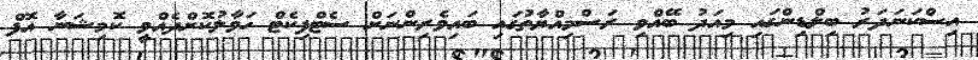
އިސްކަނަދަރު ބިލްޑިންގައި މިއަދު ބޭއްވި ރަސްމިއްޔާތުގައި ބައިވެރިންނަށް ސެޓްފިކެޓް ހަވާލުކޮށްދެއްވީ ކޮމިޝަނާ އޮފް